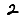
Digit: 2